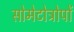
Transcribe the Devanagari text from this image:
सोमेटोट्रोपों